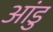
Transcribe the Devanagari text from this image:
आंडु